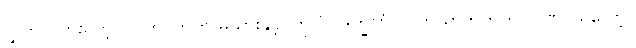
လွှတ်လိုက်လော့။ လက်ဝဲဘက် မသွားနှင့်၊ ဟူလို။ ဒက္ခိဏံ၊ လက်ယာဘက်ကို။ ဂဏှ၊ ယူလော့။